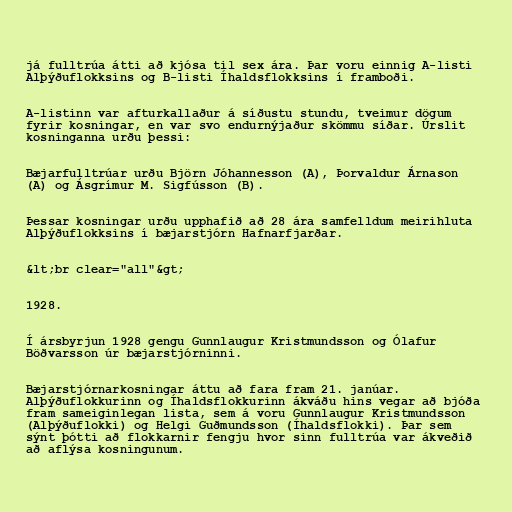
já fulltrúa átti að kjósa til sex ára. Þar voru einnig A-listi
Alþýðuflokksins og B-listi Íhaldsflokksins í framboði.

A-listinn var afturkallaður á síðustu stundu, tveimur dögum
fyrir kosningar, en var svo endurnýjaður skömmu síðar. Úrslit
kosninganna urðu þessi:

Bæjarfulltrúar urðu Björn Jóhannesson (A), Þorvaldur Árnason
(A) og Ásgrímur M. Sigfússon (B).

Þessar kosningar urðu upphafið að 28 ára samfelldum meirihluta
Alþýðuflokksins í bæjarstjórn Hafnarfjarðar.

&lt;br clear="all"&gt;

1928.

Í ársbyrjun 1928 gengu Gunnlaugur Kristmundsson og Ólafur
Böðvarsson úr bæjarstjórninni.

Bæjarstjórnarkosningar áttu að fara fram 21. janúar.
Alþýðuflokkurinn og Íhaldsflokkurinn ákváðu hins vegar að bjóða
fram sameiginlegan lista, sem á voru Gunnlaugur Kristmundsson
(Alþýðuflokki) og Helgi Guðmundsson (Íhaldsflokki). Þar sem
sýnt þótti að flokkarnir fengju hvor sinn fulltrúa var ákveðið
að aflýsa kosningunum.